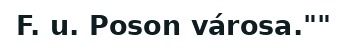
F. u. Poson városa.""